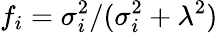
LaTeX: f_{i}={\sigma_{i}^{2}}/{(\sigma_{i}^{2}+\lambda^{2})}